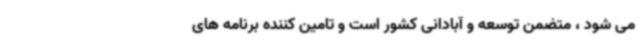
می شود ، متضمن توسعه و آبادانی کشور است و تامین کننده برنامه های